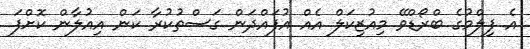
އެ ފިލްމުގެ ބްރޯޑްވޭ މިއުޒިކަލް އެއް އުފައްދަން ގަސްތުކުރާ ކަން އިއުލާން ކޮށްފަ